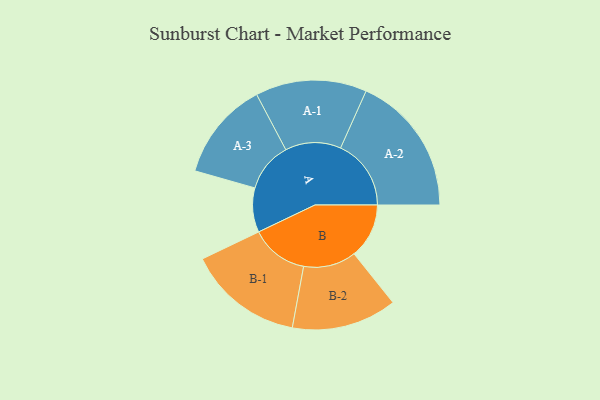
{"axis": {"x": "Segment", "y": "Value"}, "legend": ["", "A", "B"], "data": [{"x": "A", "y": 188, "type": ""}, {"x": "B", "y": 233, "type": ""}, {"x": "A-1", "y": 236, "type": "A"}, {"x": "A-2", "y": 299, "type": "A"}, {"x": "A-3", "y": 210, "type": "A"}, {"x": "B-1", "y": 245, "type": "B"}, {"x": "B-2", "y": 223, "type": "B"}]}